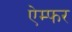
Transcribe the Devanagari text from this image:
ऐम्फर